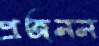
প্রজনন